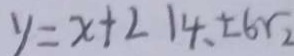
y = x + 2 1 4 、 \pm 6 r _ { 2 }